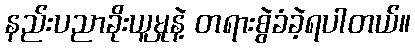
နည်းပညာခိုးယူမှုနဲ့ တရားစွဲခံခဲ့ရပါတယ်။